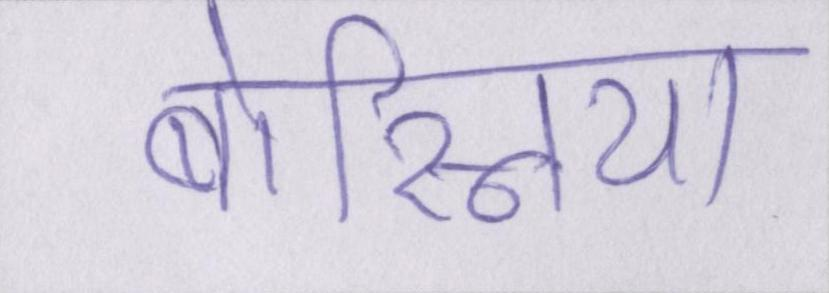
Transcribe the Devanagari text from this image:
बोस्निया